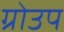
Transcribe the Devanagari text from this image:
ग्रोउप